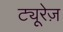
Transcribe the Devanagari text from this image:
ट्यूरेज़